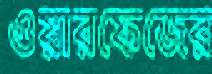
ওয়ারফেজের